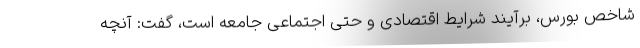
شاخص بورس، برآیند شرایط اقتصادی و حتی اجتماعی جامعه است، گفت: آنچه